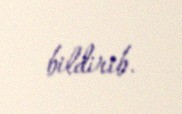
bildirib.